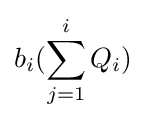
b_{i}(\sum _{j=1}^{i}Q_{i})